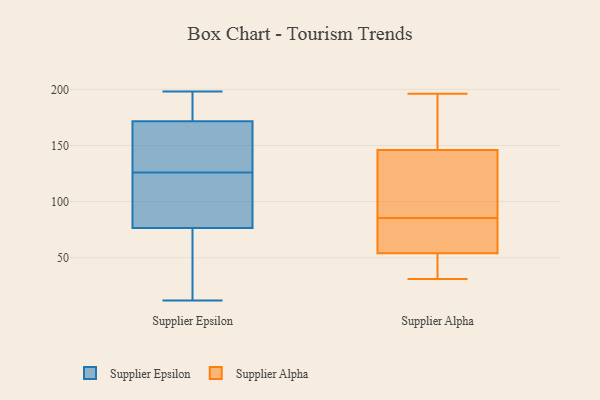
{"axis": {"x": "Inventory Turnover", "y": "Value"}, "legend": ["Supplier Alpha", "Supplier Epsilon"], "data": [{"x": "", "y": 120, "type": "Supplier Epsilon"}, {"x": "", "y": 46, "type": "Supplier Epsilon"}, {"x": "", "y": 39, "type": "Supplier Epsilon"}, {"x": "", "y": 150, "type": "Supplier Epsilon"}, {"x": "", "y": 90, "type": "Supplier Epsilon"}, {"x": "", "y": 55, "type": "Supplier Epsilon"}, {"x": "", "y": 72, "type": "Supplier Epsilon"}, {"x": "", "y": 146, "type": "Supplier Epsilon"}, {"x": "", "y": 184, "type": "Supplier Epsilon"}, {"x": "", "y": 191, "type": "Supplier Epsilon"}, {"x": "", "y": 126, "type": "Supplier Epsilon"}, {"x": "", "y": 178, "type": "Supplier Epsilon"}, {"x": "", "y": 92, "type": "Supplier Epsilon"}, {"x": "", "y": 194, "type": "Supplier Epsilon"}, {"x": "", "y": 152, "type": "Supplier Epsilon"}, {"x": "", "y": 146, "type": "Supplier Epsilon"}, {"x": "", "y": 198, "type": "Supplier Epsilon"}, {"x": "", "y": 12, "type": "Supplier Epsilon"}, {"x": "", "y": 93, "type": "Supplier Epsilon"}, {"x": "", "y": 54, "type": "Supplier Alpha"}, {"x": "", "y": 50, "type": "Supplier Alpha"}, {"x": "", "y": 146, "type": "Supplier Alpha"}, {"x": "", "y": 159, "type": "Supplier Alpha"}, {"x": "", "y": 132, "type": "Supplier Alpha"}, {"x": "", "y": 90, "type": "Supplier Alpha"}, {"x": "", "y": 77, "type": "Supplier Alpha"}, {"x": "", "y": 170, "type": "Supplier Alpha"}, {"x": "", "y": 196, "type": "Supplier Alpha"}, {"x": "", "y": 54, "type": "Supplier Alpha"}, {"x": "", "y": 59, "type": "Supplier Alpha"}, {"x": "", "y": 31, "type": "Supplier Alpha"}, {"x": "", "y": 131, "type": "Supplier Alpha"}, {"x": "", "y": 81, "type": "Supplier Alpha"}]}